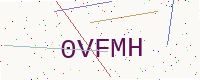
Text: 0VFMH